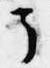
了